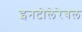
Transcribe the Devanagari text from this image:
इनटोलेरेबल